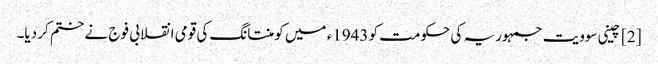
[2] چینی سوویت جمہوریہ کی حکومت کو 1943ء میں کومنتانگ کی قومی انقلابی فوج نے ختم کر دیا۔